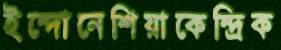
ইন্দোনেশিয়াকেন্দ্রিক